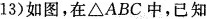
13)如图，在△ABC中，已知